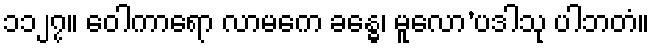
၁၁၂၇။ ဝေါကာရော လာမကေ ခန္ဓေ၊ မူလော’ပဒါသု ပါဘတံ။